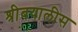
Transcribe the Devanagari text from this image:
श्रीबयालीस